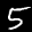
Label: 5